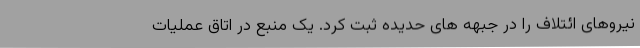
نیروهای ائتلاف را در جبهه های حدیده ثبت کرد. یک منبع در اتاق عملیات